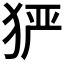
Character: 𤞤